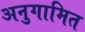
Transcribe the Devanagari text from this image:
अनुगामित